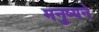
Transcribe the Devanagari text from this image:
मनुष्यने